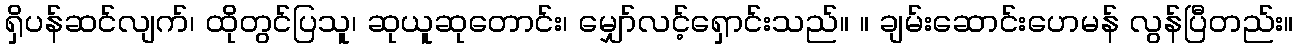
ရှိပန်ဆင်လျက်၊ ထိုတွင်ပြသူ၊ ဆုယူဆုတောင်း၊ မျှော်လင့်ရှောင်းသည်။ ။ ချမ်းဆောင်းဟေမန် လွန်ပြီတည်း။